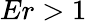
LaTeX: Er>1